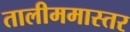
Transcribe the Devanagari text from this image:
तालीममास्तर